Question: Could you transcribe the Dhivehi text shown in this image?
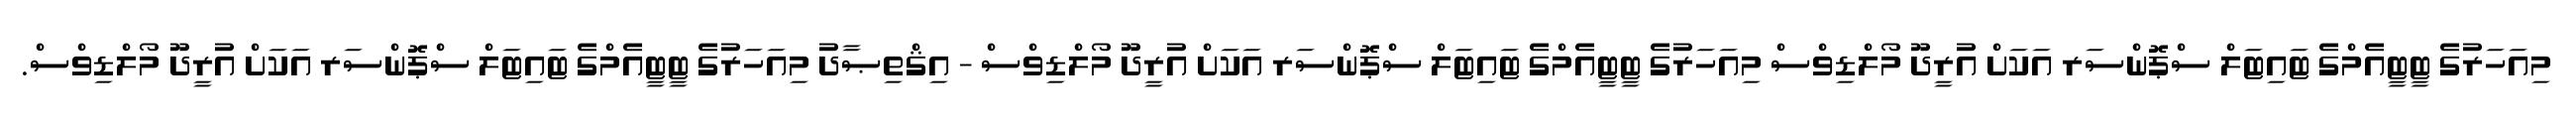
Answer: މިއަހަރުގެ ޓީޓީއެމްގެ ޓައިޓަލް ސްޕޮންސަރ އަކަށް އުރީދޫ މޯލްޑިވްސް މިއަހަރުގެ ޓީޓީއެމްގެ ޓައިޓަލް ސްޕޮންސަރ އަކަށް އުރީދޫ މޯލްޑިވްސް - އިޤްތިޞާދު މިއަހަރުގެ ޓީޓީއެމްގެ ޓައިޓަލް ސްޕޮންސަރ އަކަށް އުރީދޫ މޯލްޑިވްސް.